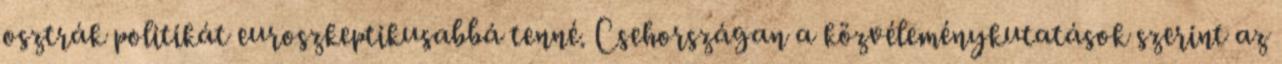
osztrák politikát euroszkeptikusabbá tenné. Csehországan a közvéleménykutatások szerint az